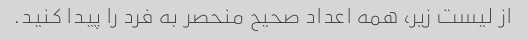
از لیست زیر، همه اعداد صحیح منحصر به فرد را پیدا کنید.